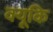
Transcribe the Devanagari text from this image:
क्यूकि